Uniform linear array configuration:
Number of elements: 8
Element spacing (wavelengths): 1
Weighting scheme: exponential
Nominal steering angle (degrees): -30
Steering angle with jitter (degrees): -31.163
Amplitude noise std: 0.05
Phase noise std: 0.05

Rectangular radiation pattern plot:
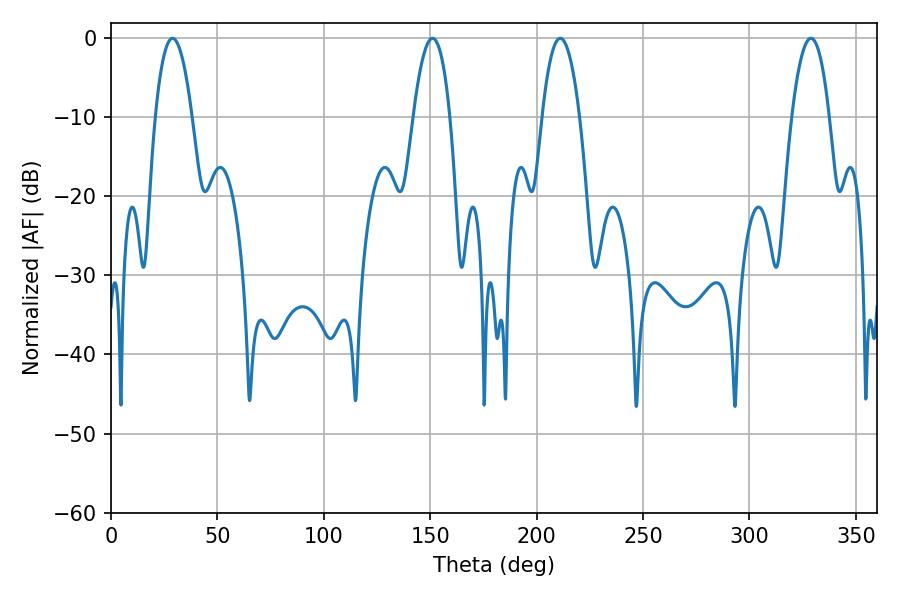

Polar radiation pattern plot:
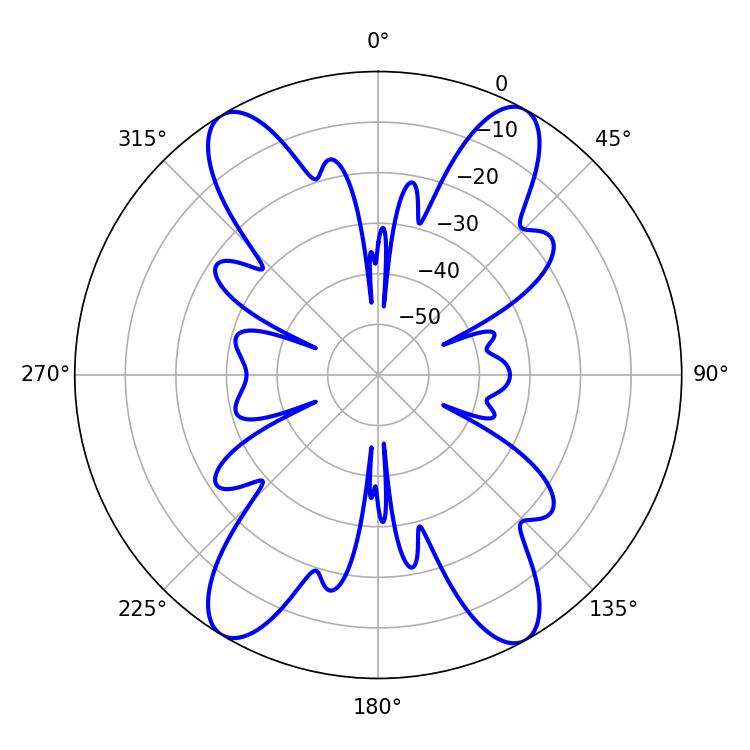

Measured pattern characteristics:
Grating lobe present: TRUE
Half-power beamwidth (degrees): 9.72
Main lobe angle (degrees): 211.14